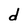
Character: d